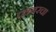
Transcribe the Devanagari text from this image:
प्लंबरचा